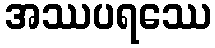
အဿပရဿေ